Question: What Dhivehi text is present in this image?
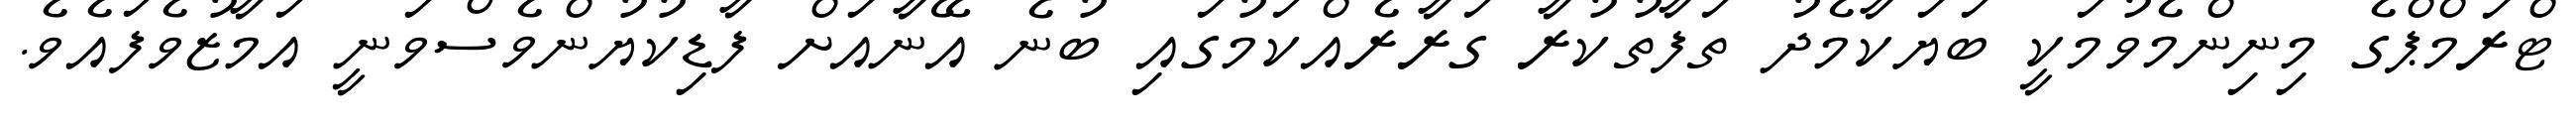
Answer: ޓްރަމްޕްގެ މިނިންމެވުމަކީ ބަޔަކާމެދު ތަފާތުކުރާ ގަރާރެއްކަމުގައި ބުނެ އޭނާއަށް ފާޑިކުޔުންވެސްވަނީ އަމާޒުވެފައެވެ.